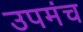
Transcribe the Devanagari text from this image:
उपमंच